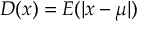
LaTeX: D ( x ) = E ( | x - \mu | )